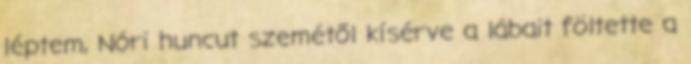
léptem, Nóri huncut szemétől kísérve a lábait föltette a